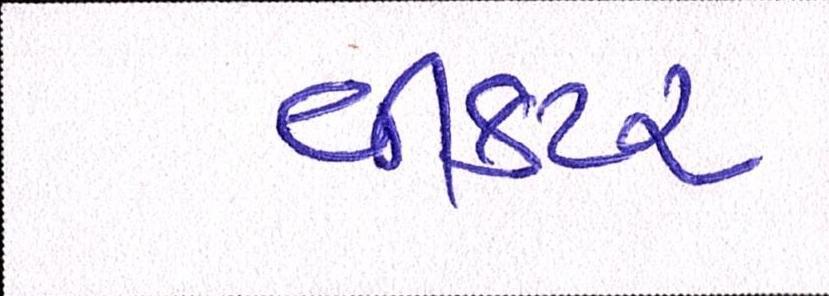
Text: વીકટર